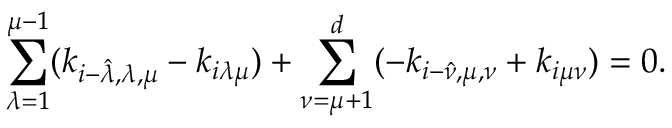
\sum _ { \lambda = 1 } ^ { \mu - 1 } ( k _ { i - \hat { \lambda } , \lambda , \mu } - k _ { i \lambda \mu } ) + \sum _ { \nu = \mu + 1 } ^ { d } ( - k _ { i - \hat { \nu } , \mu , \nu } + k _ { i \mu \nu } ) = 0 .